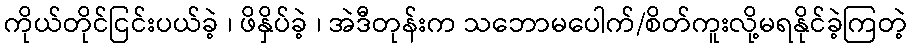
ကိုယ်တိုင်ငြင်းပယ်ခဲ့ ၊ ဖိနှိပ်ခဲ့ ၊ အဲဒီတုန်းက သဘောမပေါက်/စိတ်ကူးလို့မရနိုင်ခဲ့ကြတဲ့